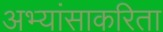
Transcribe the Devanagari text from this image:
अभ्यांसाकरिता